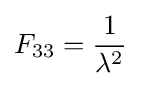
F_{33}={\frac {1}{\lambda ^{2}}}